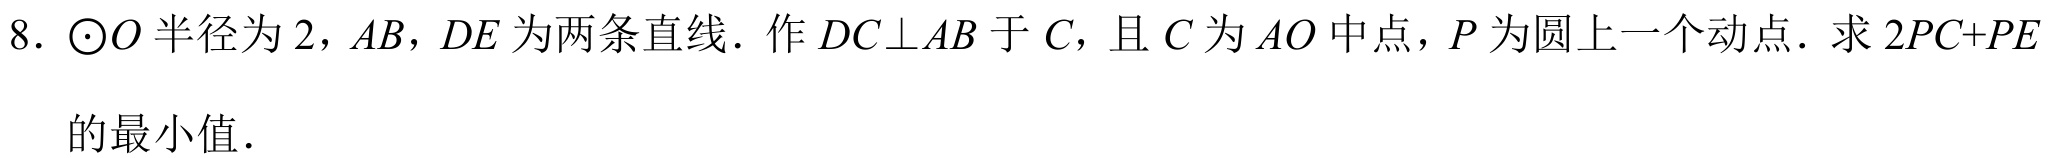
8. \(\odot O\)半径为\(2\)，\(AB\)，\(DE\)为两条直线．作\(DC\perp AB\)于\(C\)，且\(C\)为\(AO\)中点，\(P\)为圆上一个动点．求\(2PC + PE\)的最小值．